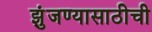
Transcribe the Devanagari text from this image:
झुंजण्यासाठीची